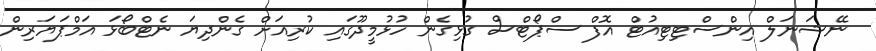
ނޭޝަނަލް އިންސްޓިޓިއުޓް އޮފް ސްޕޯޓްސް ގުޅިގެން ހުޅުމީދޫގައި ކުރިއަށް ގެންދިޔަ ނެޓްބޯޅަ އަމްޕަޔަރިން